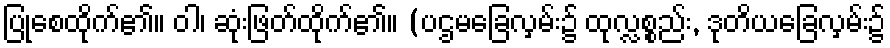
ပြုစေထိုက်၏။ ဝါ၊ ဆုံးဖြတ်ထိုက်၏။ (ပဌမခြေလှမ်း၌ ထုလ္လစ္စည်း, ဒုတိယခြေလှမ်း၌